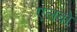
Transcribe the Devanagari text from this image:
एलबो